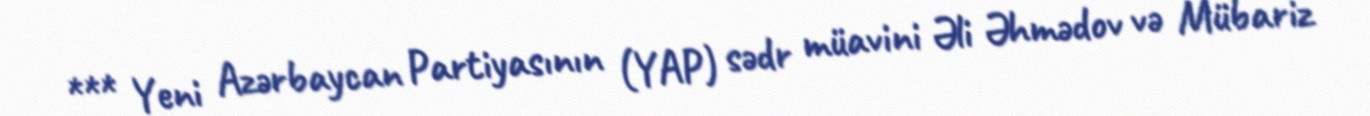
*** Yeni Azərbaycan Partiyasının (YAP) sədr müavini Əli Əhmədov və Mübariz